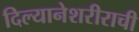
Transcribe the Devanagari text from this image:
दिल्यानेशरीराची